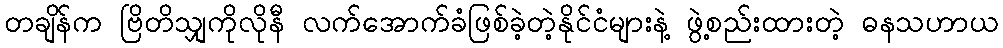
တချိန်က ဗြိတိသျှကိုလိုနီ လက်အောက်ခံဖြစ်ခဲ့တဲ့နိုင်ငံများနဲ့ ဖွဲ့စည်းထားတဲ့ ဓနသဟာယ